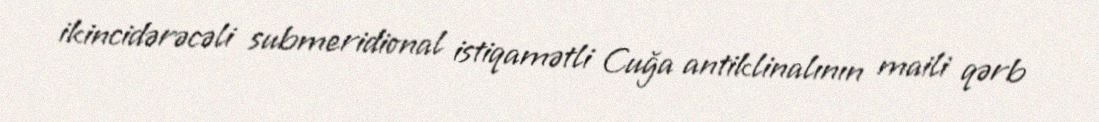
ikincidərəcəli submeridional istiqamətli Cuğa antiklinalının maili qərb